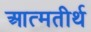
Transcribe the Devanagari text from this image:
आत्मतीर्थ